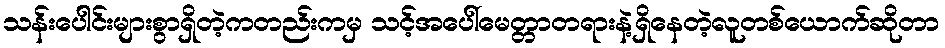
သန်းပေါင်းများစွာရှိတဲ့ကတည်းကမှ သင့်အပေါ်မေတ္တာတရားနဲ့ရှိနေတဲ့လူတစ်ယောက်ဆိုတာ